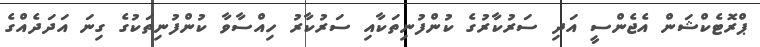
ޕްރޮޓެކްޝަން އެޖެންސީ އަދި ސަރުކާރުގެ ކުންފުނިތަކާއި ސަރުކާރު ހިއްސާވާ ކުންފުނިތަކުގެ ގިނަ އަދަދެއްގެ